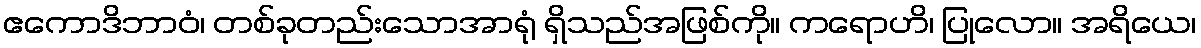
ဧကောဒိဘာဝံ၊ တစ်ခုတည်းသောအာရုံ ရှိသည်အဖြစ်ကို။ ကရောဟိ၊ ပြုလော။ အရိယေ၊